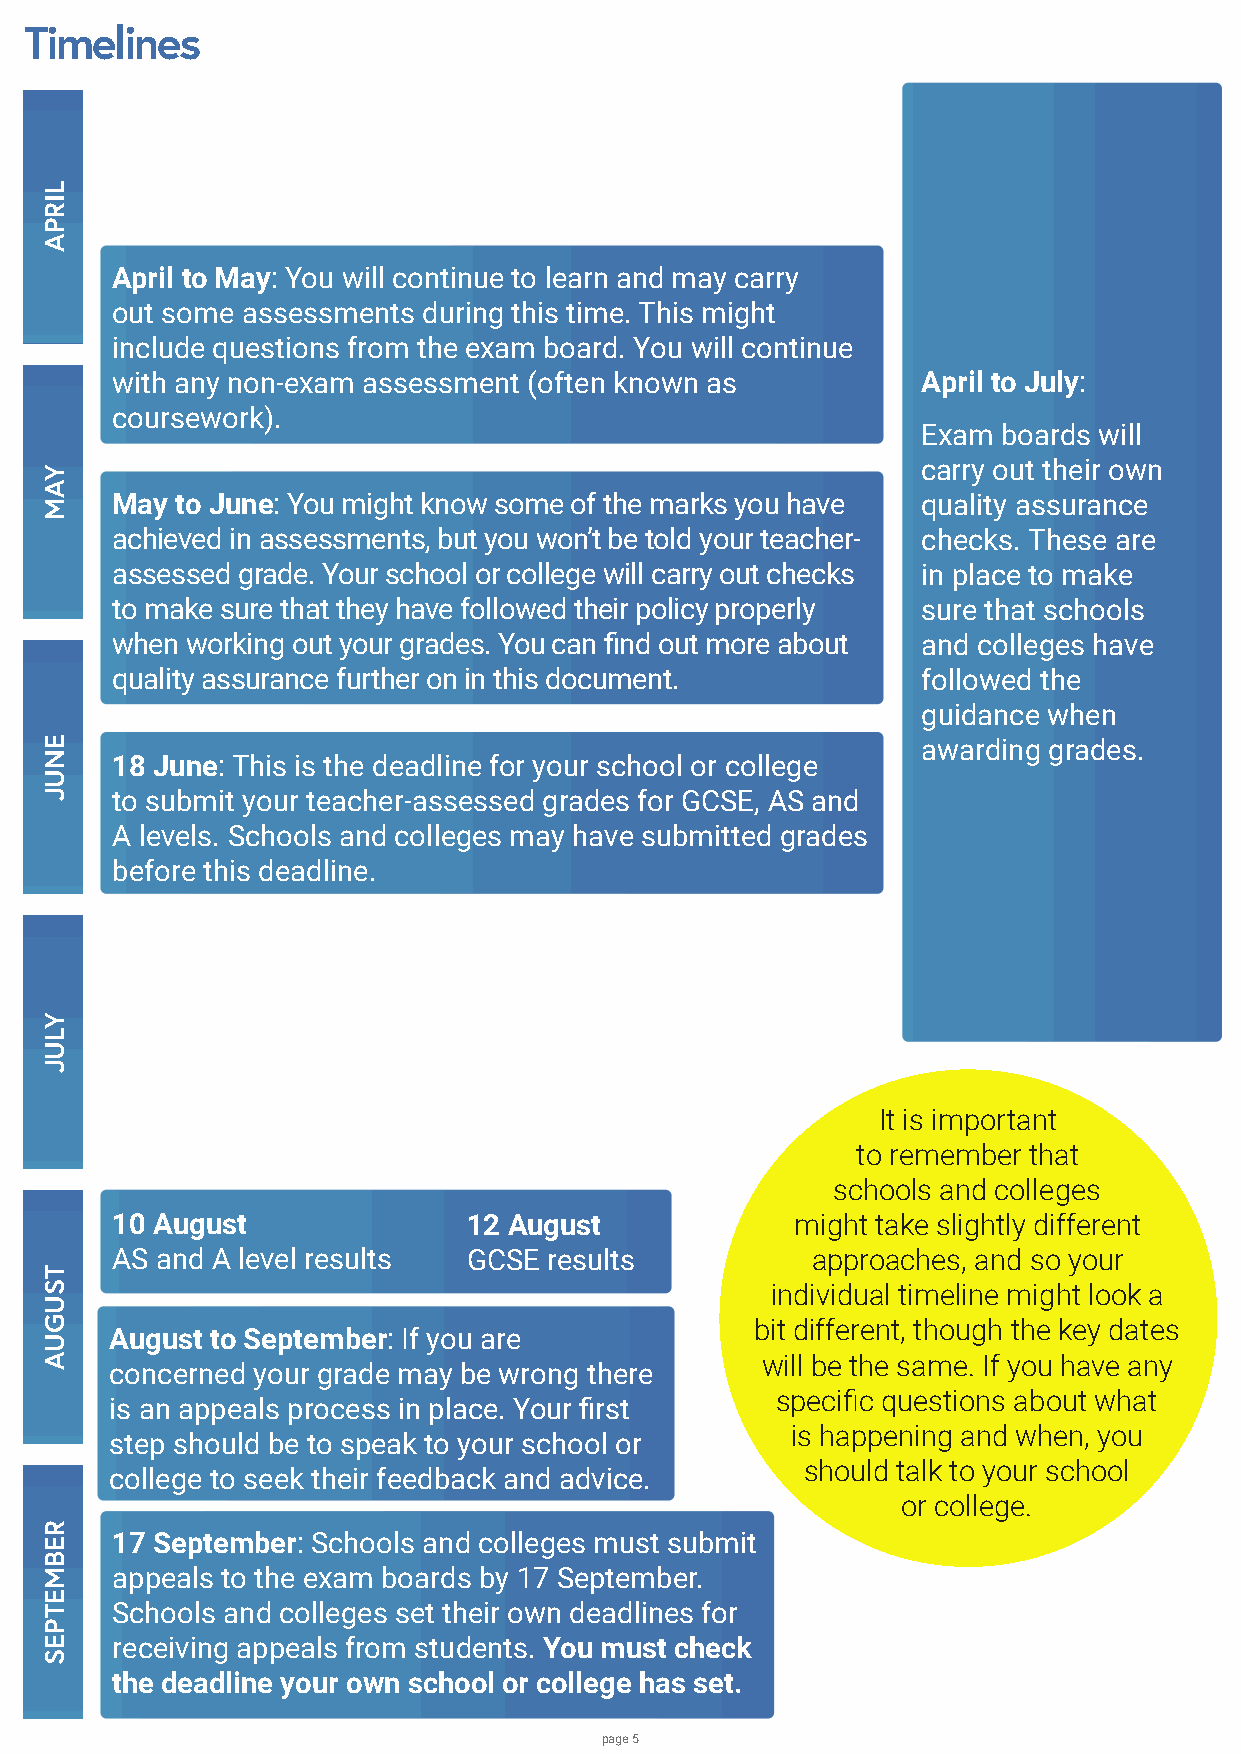
Timelines
 April to May: You will continue to learn and may carry
 out some assessments during this time. This might
 include questions from the exam board. You will continue
 with any non-exam assessment (often known as          April to July:
 coursework).
 Exam boards will
 carry out their own
 May  to June: You might know some of the marks you have quality assurance
 achieved in assessments, but you won’t be told your teacher- checks. These are
 assessed grade. Your school or college will carry out checks in place to make
 to make sure that they have followed their policy properly sure that schools
 when working out your grades. You can find out more about and colleges have
 quality assurance further on in this document.        followed the
 guidance when
 awarding grades.
 18 June: This is the deadline for your school or college
 to submit your teacher-assessed grades for GCSE, AS and
 A levels. Schools and colleges may have submitted grades
 before this deadline.
 It is important
 to remember that
 schools and colleges
 10 August               12 August             might take slightly different
 AS and A level results  GCSE results           approaches, and so your
 individual timeline might look a
 bit different, though the key dates
 August to September: If you are
 will be the same. If you have any
 concerned your grade may be wrong there
 specific questions about what
 is an appeals process in place. Your first
 is happening and when, you
 step should be to speak to your school or
 should talk to your school
 college to seek their feedback and advice.
 or college.
 17 September: Schools and colleges must submit
 appeals to the exam boards by 17 September.
 Schools and colleges set their own deadlines for
 receiving appeals from students. You must check
 the deadline your own school or college has set.
 page 5
 LIRPA
 YAM
 ENUJ
 YLUJ
 TSUGUA
 REBMETPES